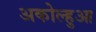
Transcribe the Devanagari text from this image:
अकोल्हुआ